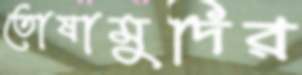
তোষামুদির